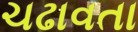
ચઢાવતા